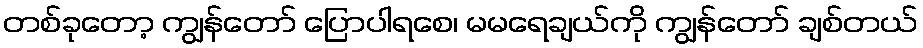
တစ်ခုတော့ ကျွန်တော် ပြောပါရစေ၊ မမရေချယ်ကို ကျွန်တော် ချစ်တယ်